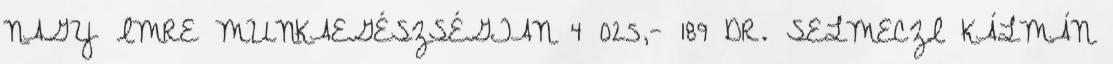
NAGY IMRE MUNKAEGÉSZSÉGTAN 4 025,- 189 DR. SELMECZI KÁLMÁN